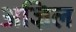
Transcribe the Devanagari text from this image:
अज्रिल